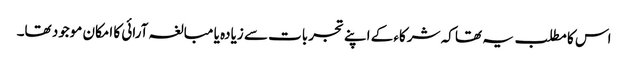
اس کا مطلب یہ تھا کہ شرکاء کے اپنے تجربات سے زیادہ یا مبالغہ آرائی کا امکان موجود تھا۔